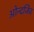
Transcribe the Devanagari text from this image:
ओन्दजिव